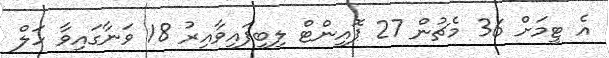
އެ ޓީމަށް 36 މެޗުން 27 ޕޮއިންޓް ލިބިފައިވާއިރު 18 ވަނާގައިވާ ހަލް